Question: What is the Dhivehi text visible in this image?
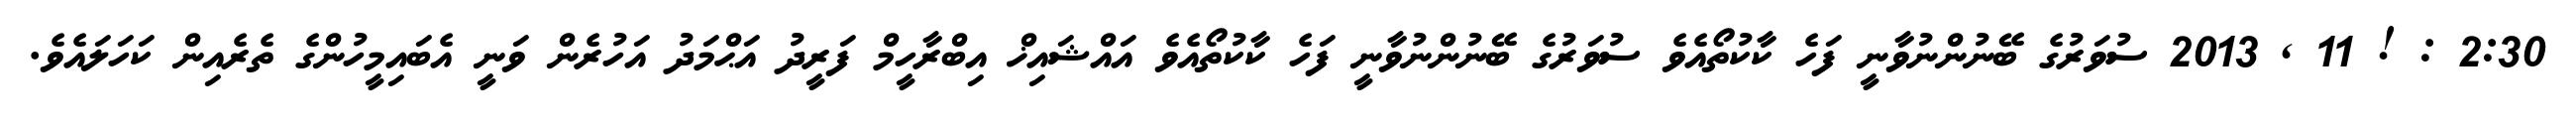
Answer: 2:30 : ! 11 , 2013 ސުވަރުގެ ބޭނުންނުވާނީ ފަހެ ކާކުތޯއެވެ ސުވަރުގެ ބޭނުންނުވާނީ ފަހެ ކާކުތޯއެވެ އައްޝައިޚް އިބްރާހީމް ފަރީދު އަޙްމަދު އަހުރެން ވަނީ އެބައިމީހުންގެ ތެރެއިން ކަހަލައެވެ.